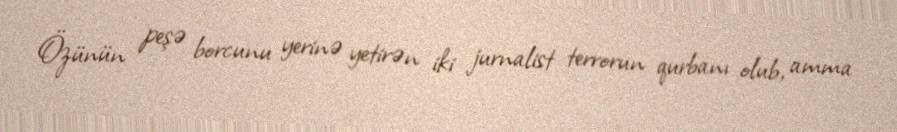
Özünün peşə borcunu yerinə yetirən iki jurnalist terrorun qurbanı olub, amma